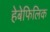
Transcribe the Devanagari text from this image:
हेबेफिलिक